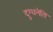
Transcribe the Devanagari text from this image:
दुग्धनेति